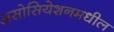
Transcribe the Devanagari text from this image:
असोसियेशनमधील